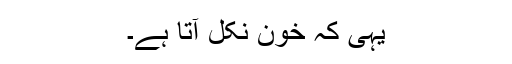
یہی کہ خون نکل آتا ہے۔